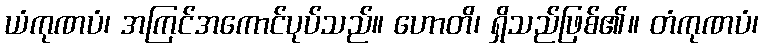
ယံကုဏပံ၊ အကြင်အကောင်ပုပ်သည်။ ဟောတိ၊ ရှိသည်ဖြစ်၏။ တံကုဏပံ၊